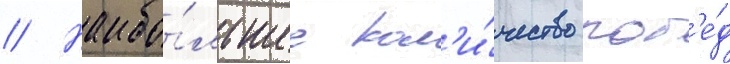
// Наибо́льшее кол'и́чество поб'е́д